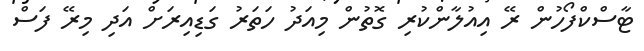
ޓާސްކްފޯހުން ރޭ އިއުލާންކުރި ގޮތުން މިއަދު ހަތަރު ގަޑިއިރަށް އަދި މިރޭ ފަސް